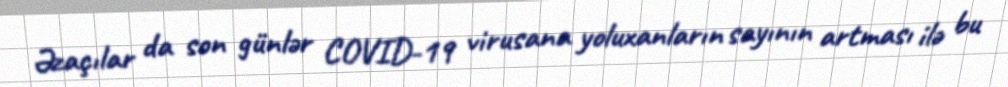
Əzaçılar da son günlər COVID-19 virusana yoluxanların sayının artması ilə bu